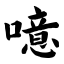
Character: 噫